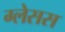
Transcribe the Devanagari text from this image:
ग्लेसस